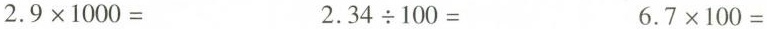
$$ 2 . 9 \times 1 0 0 0 =$$ $$2 . 3 4 \div 1 0 0 =$$ $$6 . 7 \times 1 0 0 =$$